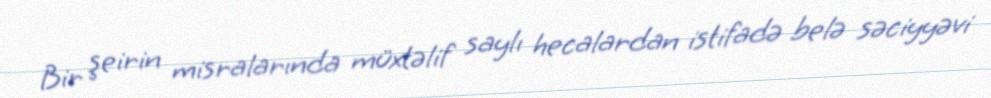
Bir şeirin misralarında müxtəlif saylı hecalardan istifadə belə səciyyəvi